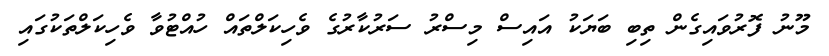
މޫނު ފޮރުވައިގެން ތިބި ބަޔަކު އައިސް މިސްރު ސަރުކާރުގެ ވެހިކަލްތައް ހުއްޓުވާ ވެހިކަލްތަކުގައި